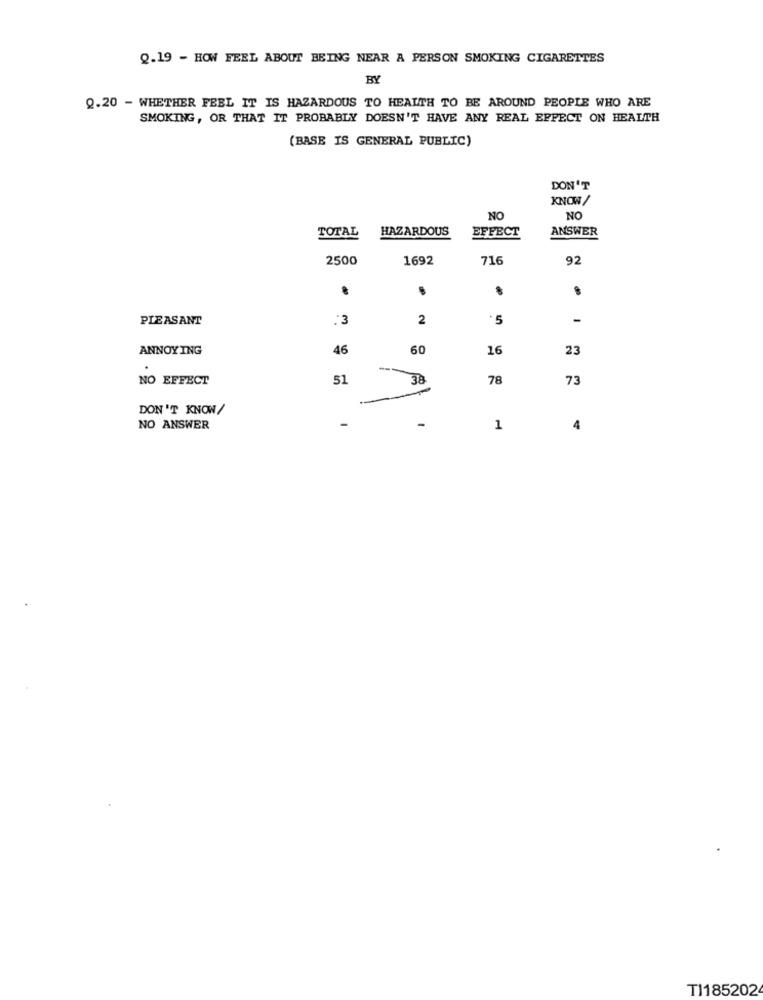
Q.19 - HOW FEEL ABOUT BEING NEAR A PERSON SMOKING CIGARETTES
BY
0.20 - WHETHER FEEL IT IS HAZARDOUS TO HEALTH TO BE AROUND PEOPLE WHO ARE
SMOKING, OR THAT IT PROBABLY DOESN'T HAVE ANY REAL EFFECT ON HEALTH
(BASE IS GENERAL PUBLIC)
DON'T
KNOW /
NO
NO
TOTAL
HAZARDOUS
EFFECT
ANSWER
2500
1692
716
92
PLEASANT
:3
2
*5
-
ANNOYING
46
60
16
23
NO EFFECT
51
38
78
73
DON'T KNOW/
NO ANSWER
1
4
TI185202